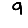
Digit: 9